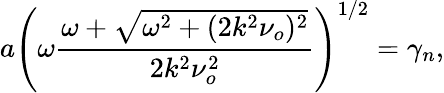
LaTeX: a\left(\omega\frac{\omega+\sqrt{\omega^{2}+(2k^{2}\nu_{o})^{2}}}{2k^{2}\nu_{o}^{2}}\right)^{1/2}=\gamma_{n},